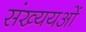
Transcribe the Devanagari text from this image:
संख्ययओं